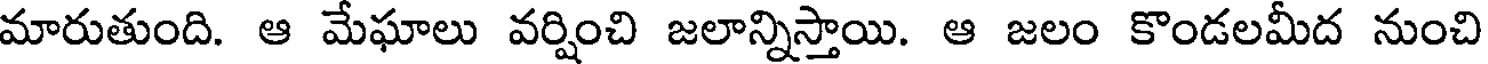
మారుతుంది. ఆ మేఘాలు వర్షించి జలాన్నిస్తాయి. ఆ జలం కొండలమీద నుంచి